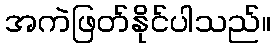
အကဲဖြတ်နိုင်ပါသည်။